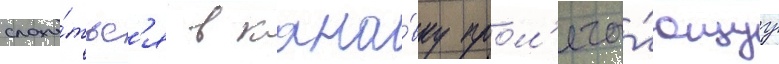
сложи́тьс'я в кана́вку прол'ега́ющуу